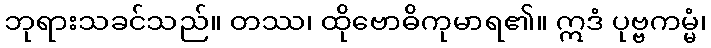
ဘုရားသခင်သည်။ တဿ၊ ထိုဗောဓိကုမာရ၏။ ဣဒံ ပုဗ္ဗကမ္မံ၊